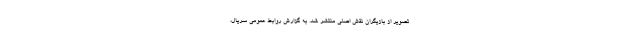
تصویر از بازیگران نقش اصلی منتشر شد. به گزارش روابط عمومی سریال،